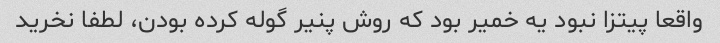
واقعا پیتزا نبود یه خمیر بود که روش پنیر گوله کرده بودن، لطفا نخرید